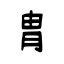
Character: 胄